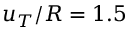
u _ { T } / R = 1 . 5